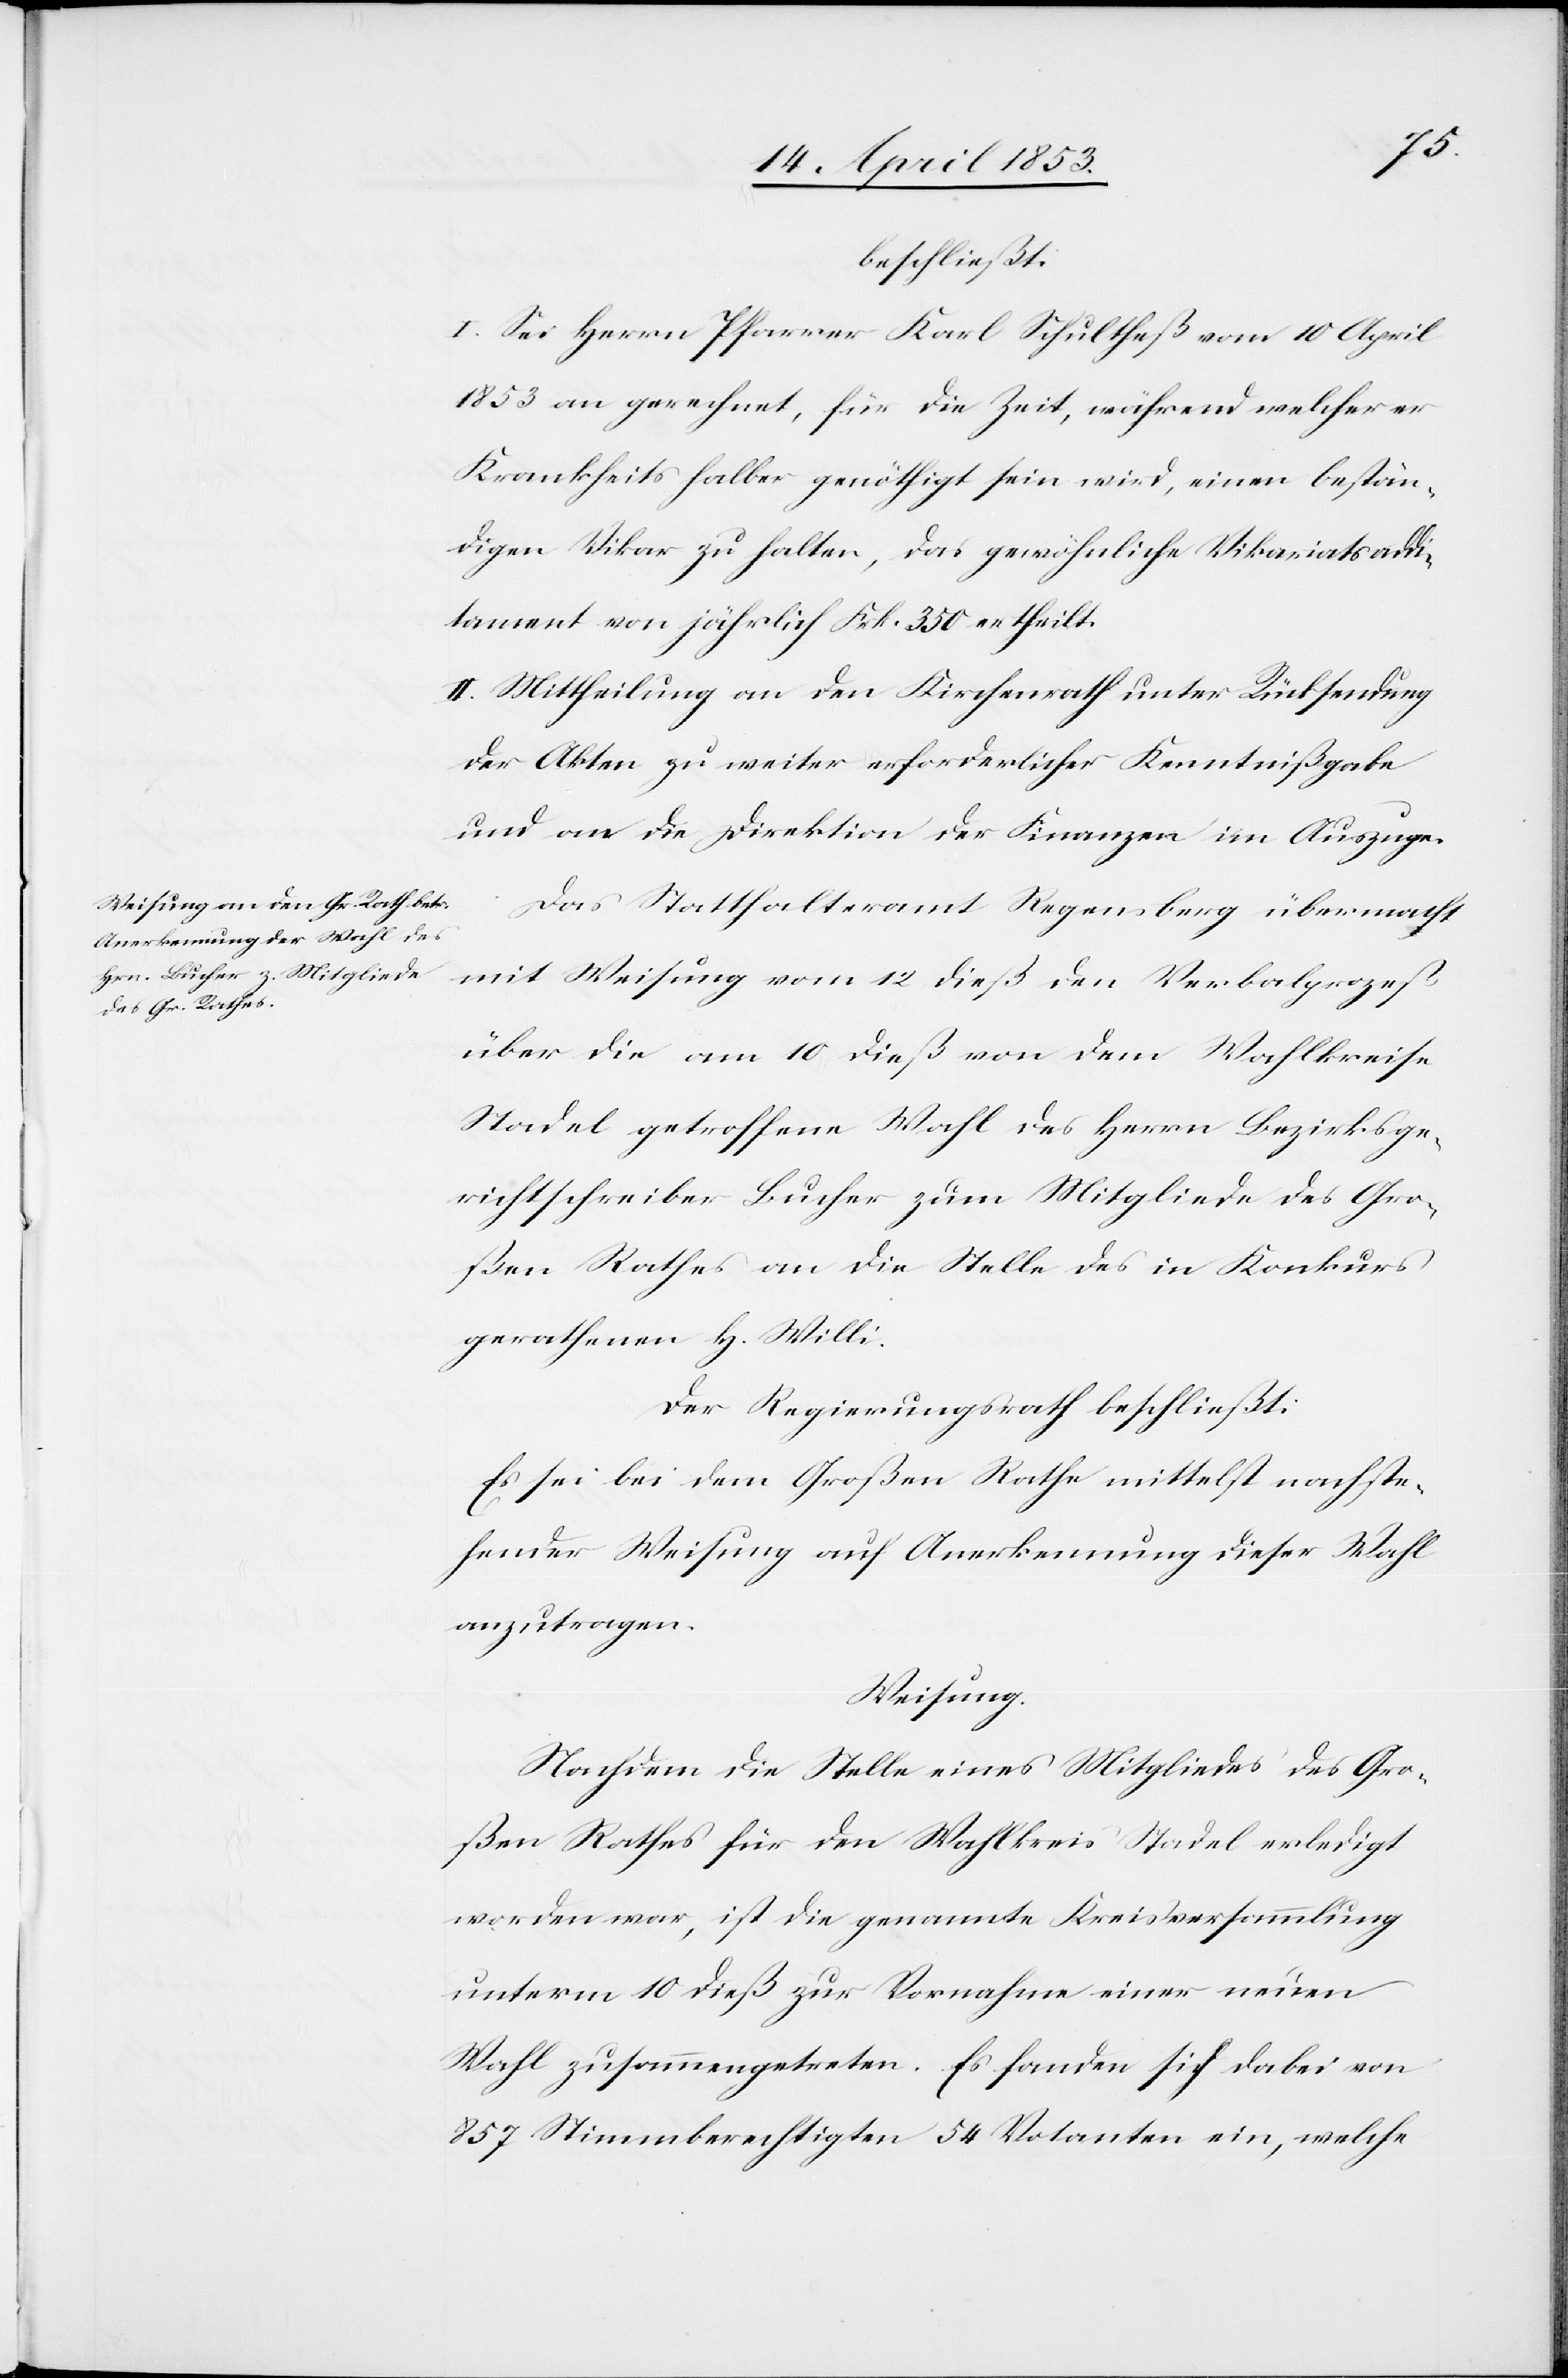
beschließt:
I. Sei Herrn Pfarrer Karl Schultheß vom 10 April
1853 an gerechnet, für die Zeit, während welcher er
krankheitshalber genöthigt sein wird, einen bestän¬
digen Vikar zu halten, das gewöhnliche Vikariatsaddi¬
tament von jährlich Frk. 350 ertheilt.
II. Mittheilung an den Kirchenrath unter Rücksendung
der Akten zu weiter erforderlicher Kenntnißgabe
und an die Direktion der Finanzen im Auszuge.
Das Statthalteramt Regensberg übermacht
mit Weisung vom 12 dieß den Verbalprozeß
über die am 10 dieß von dem Wahlkreise
Stadel getroffene Wahl des Herrn Bezirksge¬
richtschreiber Bucher zum Mitgliede des Gro¬
ßen Rathes an die Stelle des in Konkurs
gerathenen H[errn] Willi.
Der Regierungsrath beschließt:
Es sei bei dem Großen Rathe mittelst nachste¬
hender Wirkung auf Anerkennung dieser Wahl
anzutragen.
Weisung.
Nachdem die Stelle eines Mitgliedes des Gro¬
ßen Rathes für den Wahlkreis Stadel erledigt
worden war, ist die genannte Kreisversammlung
unterm 10 dieß zur Vornahme einer neuen
Wahl zusammengetreten. Es fanden sich dabei von
857 Stimmberechtigten 54 Votanten ein, welche